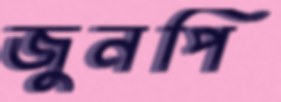
জুনপি